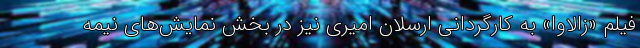
فیلم «زالاوا» به کارگردانی ارسلان امیری نیز در بخش نمایش‌های نیمه